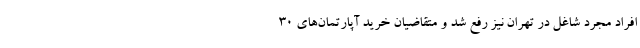
افراد مجرد شاغل در تهران نیز رفع شد و متقاضیان خرید آپارتمان‌های 30